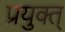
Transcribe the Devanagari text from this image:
प्रयुक्त्